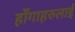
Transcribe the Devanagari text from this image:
हाँगाहरुलाई